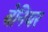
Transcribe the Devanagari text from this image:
वेनियर